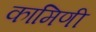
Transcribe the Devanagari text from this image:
कामिणी